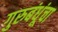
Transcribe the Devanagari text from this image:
गुरुबंधूंचा